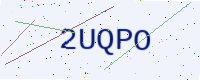
Text: 2UQPO